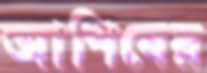
আশিষের